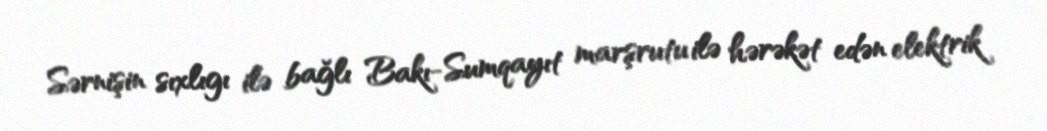
Sərnişin sıxlıgı ilə bağlı Bakı-Sumqayıt marşrutu ilə hərəkət edən elektrik